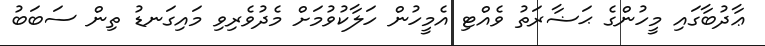
ޢާދުބާގައި މީހުންގެ ޙަޟާރަތު ވެއްޓި އެމީހުން ހަލާކުވުމަށް މެދުވެރިވި މައިގަނޑު ތިން ސަބަބު